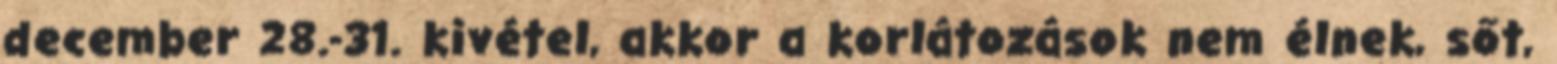
december 28.-31. kivétel, akkor a korlátozások nem élnek, sőt,